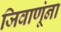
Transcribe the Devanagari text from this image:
जिवाणूंना